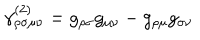
LaTeX: \gamma _ { \rho \sigma \mu \nu } ^ { ( 2 ) } = g _ { \rho \sigma } g _ { \mu \nu } - g _ { \rho \mu } g _ { \sigma \nu }